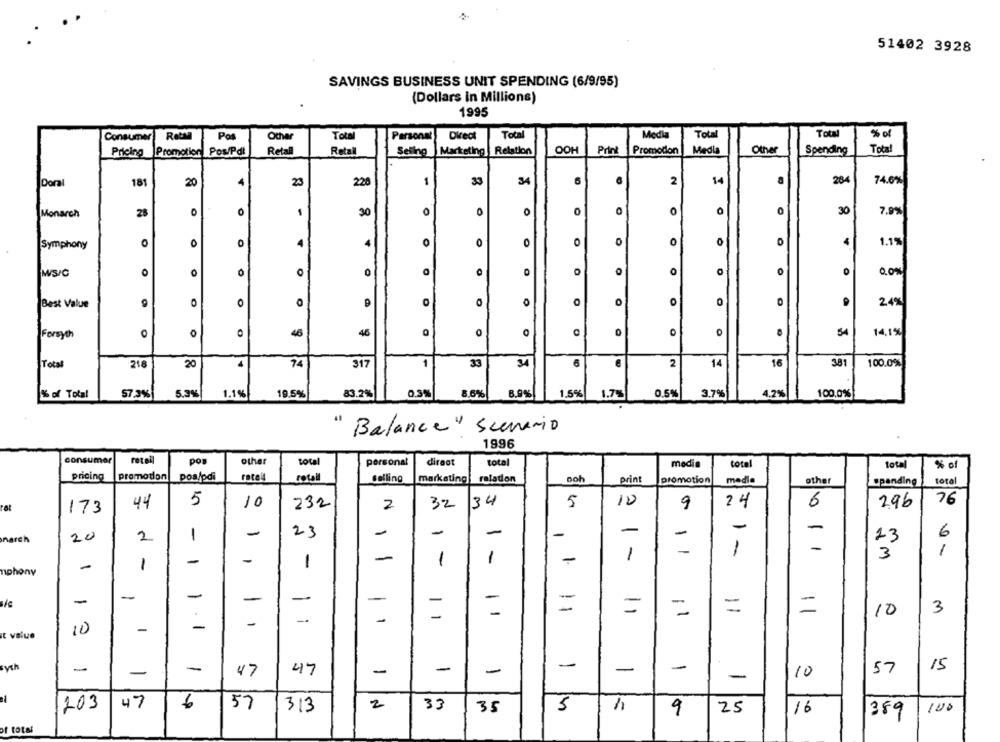
51402 3928
SAVINGS BUSINESS UNIT SPENDING (6/9/95)
(Dollars in Millions)
1995
Total
Mędla
Total
Total
% of
Consumer
Pos
Other
Total
Personal
Direct
Media
Total
Pricing
Promotion Pos/Pdl
Retail
Retail
Selling
Marketing Relation
OOH
Print
Promotion
Other
Spending
Doral
181
20
4
23
220
1
33
S4
6
2
14
284
74.6%
Monarch
28
1
30
0
0
0
30
7.9%
Symphony
0
0
4
0
0
0
0
0
1.1%
4
O
MS/C
O
0
0
0
O
0.0%
Best Value
0
O
O
0
o
0
2.4%
O
46
45
O
0
0
SA
14,1%
Forsyth
O
Total
218
20
74
317
1
33
34
6
2
14
16
381
100.0%
5.3%
1.1%
19.5%
83.2%
0.3%
8,6%
8,9%
1.5%
1.7%
0.5%
3.7%
4.2%
% of Total
57.3%
100,0%
"Balance" Scenario
1996
consumer
retel
pos
other
total
personal
direct
total
modia
total
total
% of
pricing
promotion
poa/pdi
rotel
Total
selling
marketing
relation
ooh
print
promotion
media
other
spending
total
44
5
10
232
2
32
34
5
10
9
24
6
296
76
173
-
-
23
-
-
-
-
-
-
6
march
20
2
1
13
1
-
-
-
3
1
-
-
1
1
1
-
nphony
-
1
-
-
-
-
-
-
=
=
3
-
=
11
=
10
1
1
10
-
-
t value
sysh
-
-
15
-
-
-
47
47
-
-
-
10
57
47
6
57
2
203
313
33
35
5
9
25
16
389
100
of total